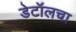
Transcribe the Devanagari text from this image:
डेटॉलचा